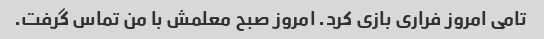
تامی امروز فراری بازی کرد. امروز صبح معلمش با من تماس گرفت.